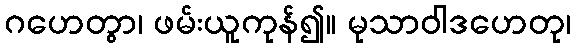
ဂဟေတွာ၊ ဖမ်းယူကုန်၍။ မုသာဝါဒဟေတု၊